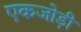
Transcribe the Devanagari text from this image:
एकजोड़ी